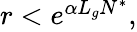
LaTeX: \begin{array}{r}{r<e^{\alpha L_{g}N^{*}},}\end{array}